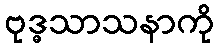
ဗုဒ္ဓသာသနာကို